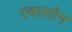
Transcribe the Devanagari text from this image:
एवालोन